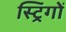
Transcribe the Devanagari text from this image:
स्ट्रिंगों